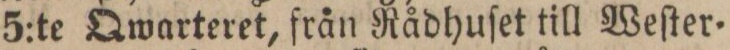
5:te Qwarteret, från Rådhuſet till Weſter=